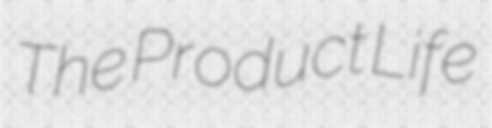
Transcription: The Product Life